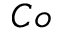
_ { C o }